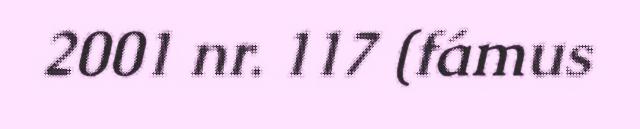
2001 nr. 117 (fámus